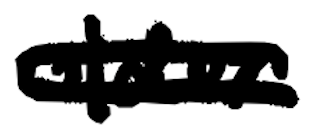
Text: older
Cross-out: double-line
Writing tool: digital_black